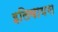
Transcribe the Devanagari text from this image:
इलिवायस